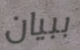
ببيان